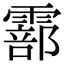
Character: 𩅇